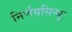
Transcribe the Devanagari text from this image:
निर्णयसिन्धुः